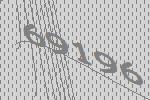
69196